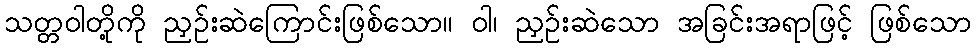
သတ္တဝါတို့ကို ညှဉ်းဆဲကြောင်းဖြစ်သော။ ဝါ၊ ညှဉ်းဆဲသော အခြင်းအရာဖြင့် ဖြစ်သော